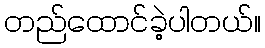
တည်ထောင်ခဲ့ပါတယ်။